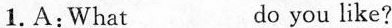
1.A:What ___ do you like?